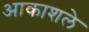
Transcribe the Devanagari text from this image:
आकाशले